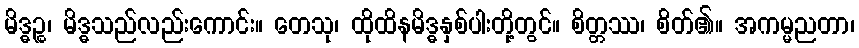
မိဒ္ဓဉ္စ၊ မိဒ္ဓသည်လည်းကောင်း။ တေသု၊ ထိုထိနမိဒ္ဓနှစ်ပါးတို့တွင်။ စိတ္တဿ၊ စိတ်၏။ အကမ္မညတာ၊